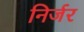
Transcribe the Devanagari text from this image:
निर्जर